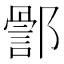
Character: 𮠊